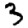
Digit: 3